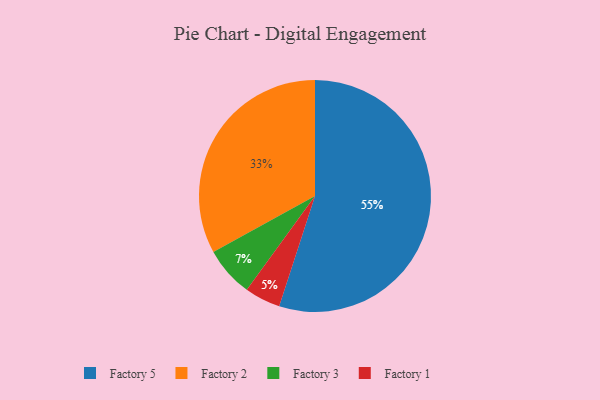
{"axis": {"x": "Category", "y": "Percentage"}, "legend": ["Factory 1", "Factory 2", "Factory 3", "Factory 5"], "data": [{"x": "Factory 5", "y": 55, "type": "Factory 5"}, {"x": "Factory 3", "y": 7, "type": "Factory 3"}, {"x": "Factory 1", "y": 5, "type": "Factory 1"}, {"x": "Factory 2", "y": 33, "type": "Factory 2"}]}